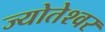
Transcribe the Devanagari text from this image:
ज्योतेश्वर